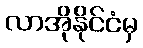
လာအိုနိုင်ငံမှ